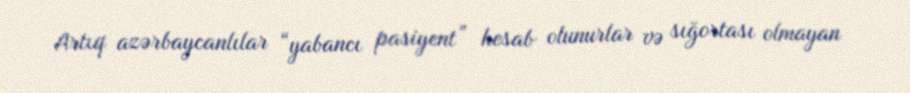
Artıq azərbaycanlılar “yabancı pasiyent” hesab olunurlar və sığortası olmayan